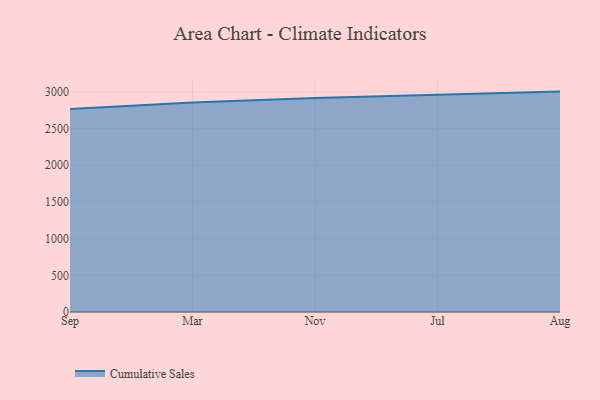
{"axis": {"x": "Month", "y": "Revenue (USD Million)"}, "legend": ["Cumulative Sales"], "data": [{"x": "Sep", "y": 2768.2, "type": "Cumulative Sales"}, {"x": "Mar", "y": 2853.8, "type": "Cumulative Sales"}, {"x": "Nov", "y": 2918.2, "type": "Cumulative Sales"}, {"x": "Jul", "y": 2965.0, "type": "Cumulative Sales"}, {"x": "Aug", "y": 3004.0, "type": "Cumulative Sales"}]}